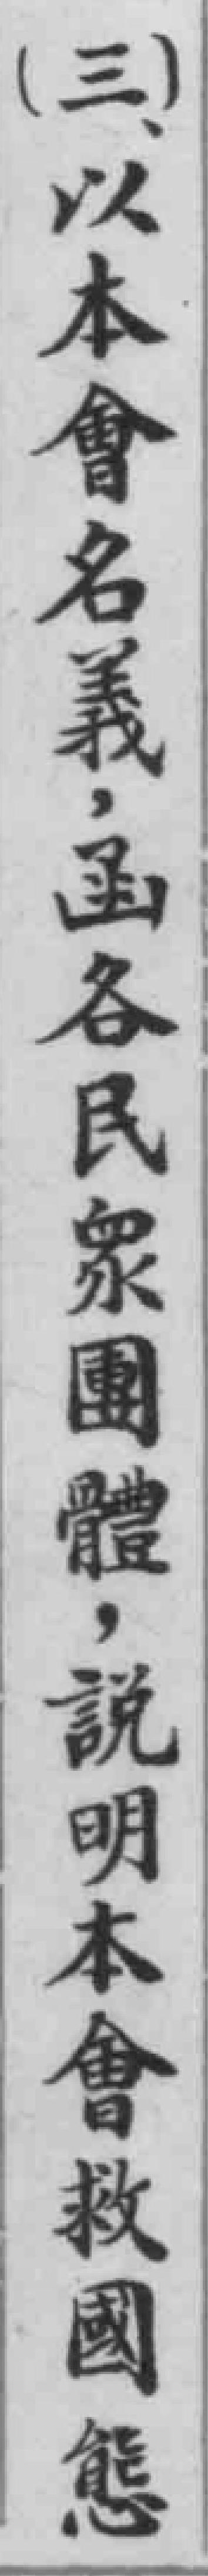
（三）以本會名義，函各民衆團體，說明本會救國態